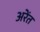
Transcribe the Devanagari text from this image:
अरेंत